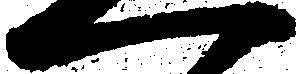
一